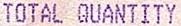
TOTAL QUANTITY